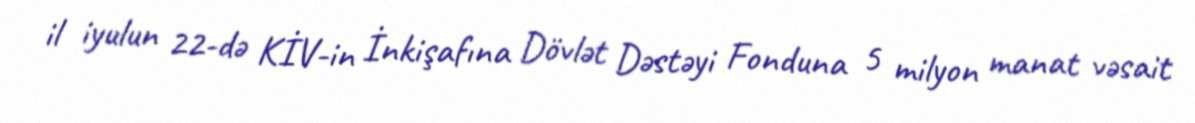
il iyulun 22-də KİV-in İnkişafına Dövlət Dəstəyi Fonduna 5 milyon manat vəsait